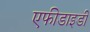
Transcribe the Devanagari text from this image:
एफीडाइडी